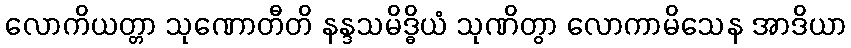
လောကိယတ္တာ သုဏောတီတိ နန္ဒသမိဒ္ဓိယံ သုဏိတွာ လောကာမိသေန အာဒိယာ